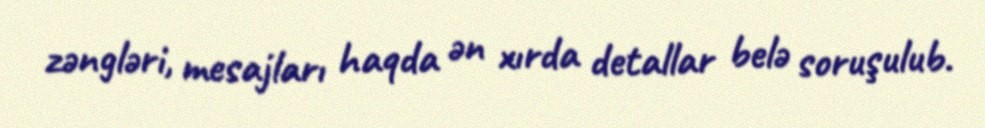
zəngləri, mesajları haqda ən xırda detallar belə soruşulub.